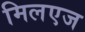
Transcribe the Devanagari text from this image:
मिलएज